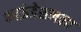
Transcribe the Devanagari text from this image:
फाऊंडेशनला